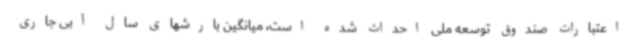
اعتبارات صندوق توسعه ملی احداث شده است، میانگین بارشهای سال آبی جاری